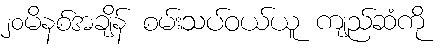
၂၀မိနစ်အချိန် စမ်းသပ်ဝယ်ယူ ကျည်ဆံကို